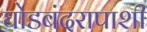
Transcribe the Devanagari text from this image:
घोडबंदरापाशी